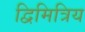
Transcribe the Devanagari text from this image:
द्विमित्रिय